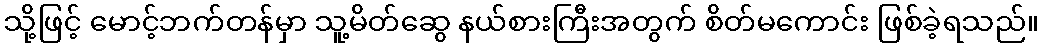
သို့ဖြင့် မောင့်ဘက်တန်မှာ သူ့မိတ်ဆွေ နယ်စားကြီးအတွက် စိတ်မကောင်း ဖြစ်ခဲ့ရသည်။